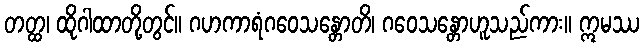
တတ္ထ၊ ထိုဂါထာတို့တွင်။ ဂဟကာရံဂဝေသန္တောတိ၊ ဂဝေသန္တောဟူသည်ကား။ ဣမဿ